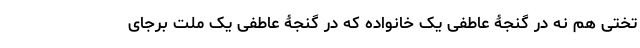
تختی هم نه در گنجۀ عاطفی یک خانواده که در گنجۀ عاطفی یک ملت برجای